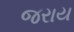
જરાય